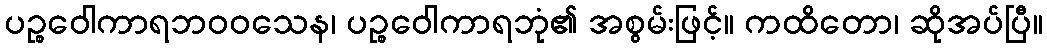
ပဉ္စဝေါကာရဘဝဝသေန၊ ပဉ္စဝေါကာရဘုံ၏ အစွမ်းဖြင့်။ ကထိတော၊ ဆိုအပ်ပြီ။